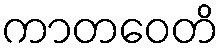
ကာတဝေတိ